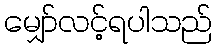
မျှော်လင့်ရပါသည်